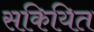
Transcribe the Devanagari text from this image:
सकियित